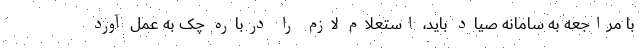
با مراجعه به سامانه صیاد باید، استعلام لازم را درباره چک به عمل آورد